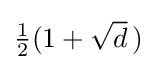
{\textstyle {\frac {1}{2}}(1+{\sqrt {d}}\,)}